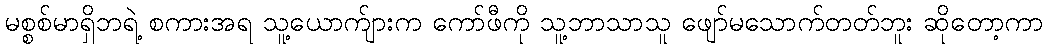
မစ္စစ်မာရှိဘရဲ့ စကားအရ သူ့ယောက်ျားက ကော်ဖီကို သူ့ဘာသာသူ ဖျော်မသောက်တတ်ဘူး ဆိုတော့ကာ